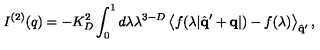
I ^ { ( 2 ) } ( q ) = - K _ { D } ^ { 2 } \int _ { 0 } ^ { 1 } d \lambda \lambda ^ { 3 - D } \left\langle f ( \lambda | \hat { \bf { q } } ^ { \prime } + { \bf { q } } | ) - f ( \lambda ) \right\rangle _ { \hat { \bf { q } } ^ { \prime } } ,